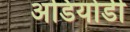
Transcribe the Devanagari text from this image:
अडियोडी